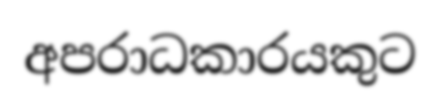
අපරාධකාරයකුට